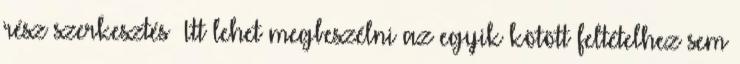
rész szerkesztés Itt lehet megbeszélni az egyik kötött feltételhez sem